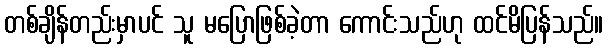
တစ်ချိန်တည်းမှာပင် သူ မပြောဖြစ်ခဲ့တာ ကောင်းသည်ဟု ထင်မိပြန်သည်။